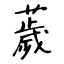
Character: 薉